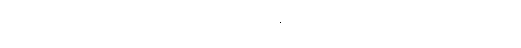
ဘုရားသခင်ပြုတော်မူသော ပူတူး အရေးကြီးသည်ဆိုပြီးလျှင် နဖား ဆောက်နေခြင်းဖြစ်ကြောင်း